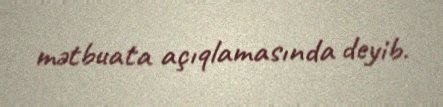
mətbuata açıqlamasında deyib.